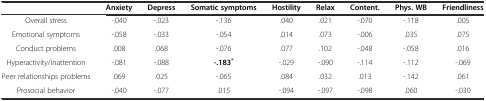
|  | Anxiety | Depress | Somatic symptoms | Hostility | Relax | Content. | Phys. WB | Friendliness |
 | --- | --- | --- | --- | --- | --- | --- | --- | --- |
 | Overall stress | -.040 | -.023 | -.136 | .040 | .021 | -.070 | -.118 | .005 |
 | Emotional symptoms | -.058 | -.033 | -.054 | .014 | .073 | -.006 | .035 | .075 |
 | Conduct problems | .008 | .068 | -.076 | .077 | .102 | -.048 | -.058 | .016 |
 | Hyperactivity/inattention | -.081 | -.088 | -.183* | -.029 | -.090 | -.114 | -.112 | -.069 |
 | Peer relationships problems | .069 | .025 | -.065 | .084 | .032 | .013 | -.142 | .061 |
 | Prosocial behavior | -.040 | -.077 | .015 | -.094 | -.097 | -.098 | .060 | -.030 |